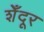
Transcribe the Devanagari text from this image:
शेँदूर